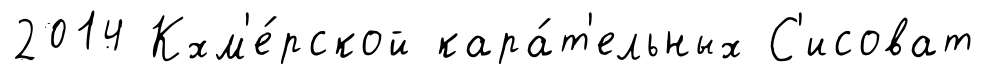
2014 Кхм'е́рской кара́т'ельных С'исоват